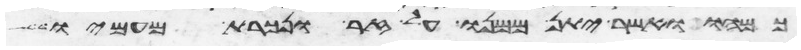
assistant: כמהו ואשר יתן ממנו על זר ונכרת מעמיו